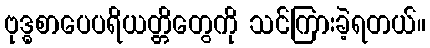
ဗုဒ္ဓစာပေပရိယတ္တိတွေကို သင်ကြားခဲ့ရတယ်။